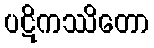
ပဋိကဿိတော